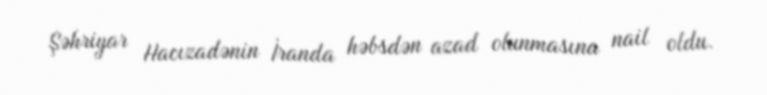
Şəhriyar Hacızadənin İranda həbsdən azad olunmasına nail oldu.